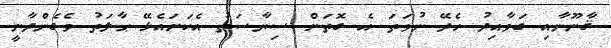
ޤާނޫނާއި ގަވާއިދު ހެދޭ ނުވަތަ އެ ގޮތަށް ސިޔާސަތު އެކަށައެޅޭ ޙާލަތު ވެގެންދާނީ